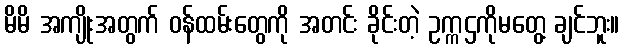
မိမိ အကျိုးအတွက် ဝန်ထမ်းတွေကို အတင်း ခိုင်းတဲ့ ဥက္ကဌကိုမတွေ့ ချင်ဘူး။